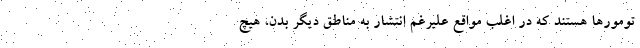
تومورها هستند که در اغلب مواقع علیرغم انتشار به مناطق دیگر بدن، هیچ